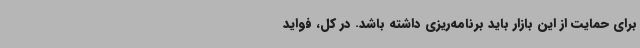
برای حمایت از این بازار باید برنامه‌ریزی داشته باشد. در کل، فواید